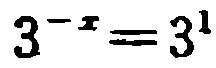
\(3^{-x}=3^{1}\)